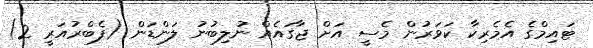
ޓައިމްގެ އެމެރިކާ ކަވަރުން މެސީ އަށް ޖާގައެއް ނުލިބުނު ލަންޑަން (ފެބްރުއަރީ 2)